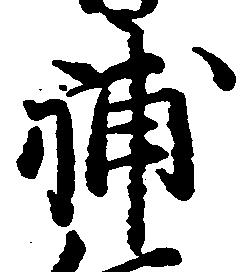
補